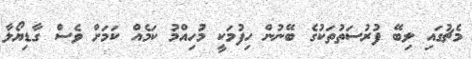
މެޗުގައި ލިބޭ ފުރުސަތުތަކުގެ ބޭނުން ހިފުމަކީ މުހިއްމު ކަމެއް ކަމަށް ވެސް ގާޑިޔޯލާ